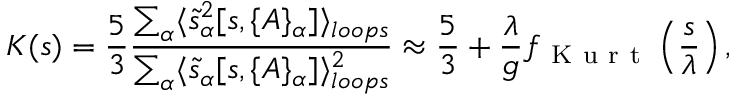
{ \cal K } ( s ) = \frac 5 3 \frac { \sum _ { \alpha } \langle \tilde { s } _ { \alpha } ^ { 2 } [ s , \{ A \} _ { \alpha } ] \rangle _ { l o o p s } } { \sum _ { \alpha } \langle \tilde { s } _ { \alpha } [ s , \{ A \} _ { \alpha } ] \rangle _ { l o o p s } ^ { 2 } } \approx \frac { 5 } { 3 } + \frac { \lambda } { g } f _ { \mathrm { ~ K ~ u ~ r ~ t ~ } } \left( \frac { s } { \lambda } \right) ,